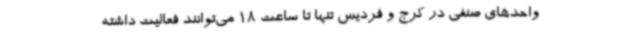
واحدهای صنفی در کرج و فردیس تنها تا ساعت 18 می‌توانند فعالیت داشته